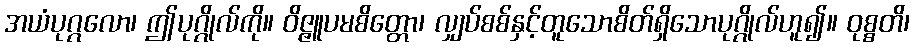
အယံပုဂ္ဂလော၊ ဤပုဂ္ဂိုလ်ကို။ ဝိဇ္ဇူပမစိတ္တော၊ လျှပ်စစ်နှင့်တူသောစိတ်ရှိသောပုဂ္ဂိုလ်ဟူ၍။ ဝုစ္စတိ၊